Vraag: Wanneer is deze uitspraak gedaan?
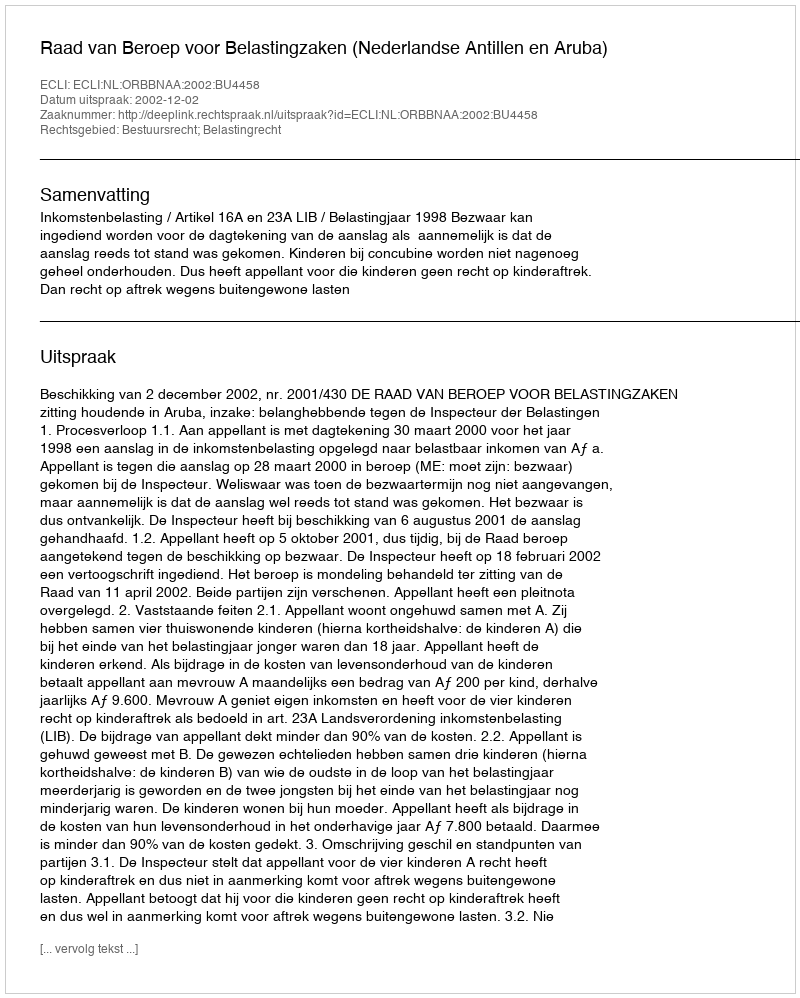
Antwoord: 2002-12-02